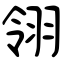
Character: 翎